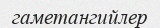
гаметангийлер